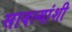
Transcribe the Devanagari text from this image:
सावल्यांशी